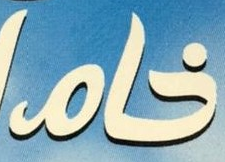
خام